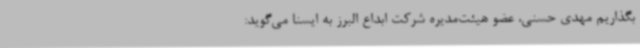
بگذاریم مهدی حسنی، عضو هیئت‌مدیره شرکت ابداع البرز به ایسنا می‌گوید: